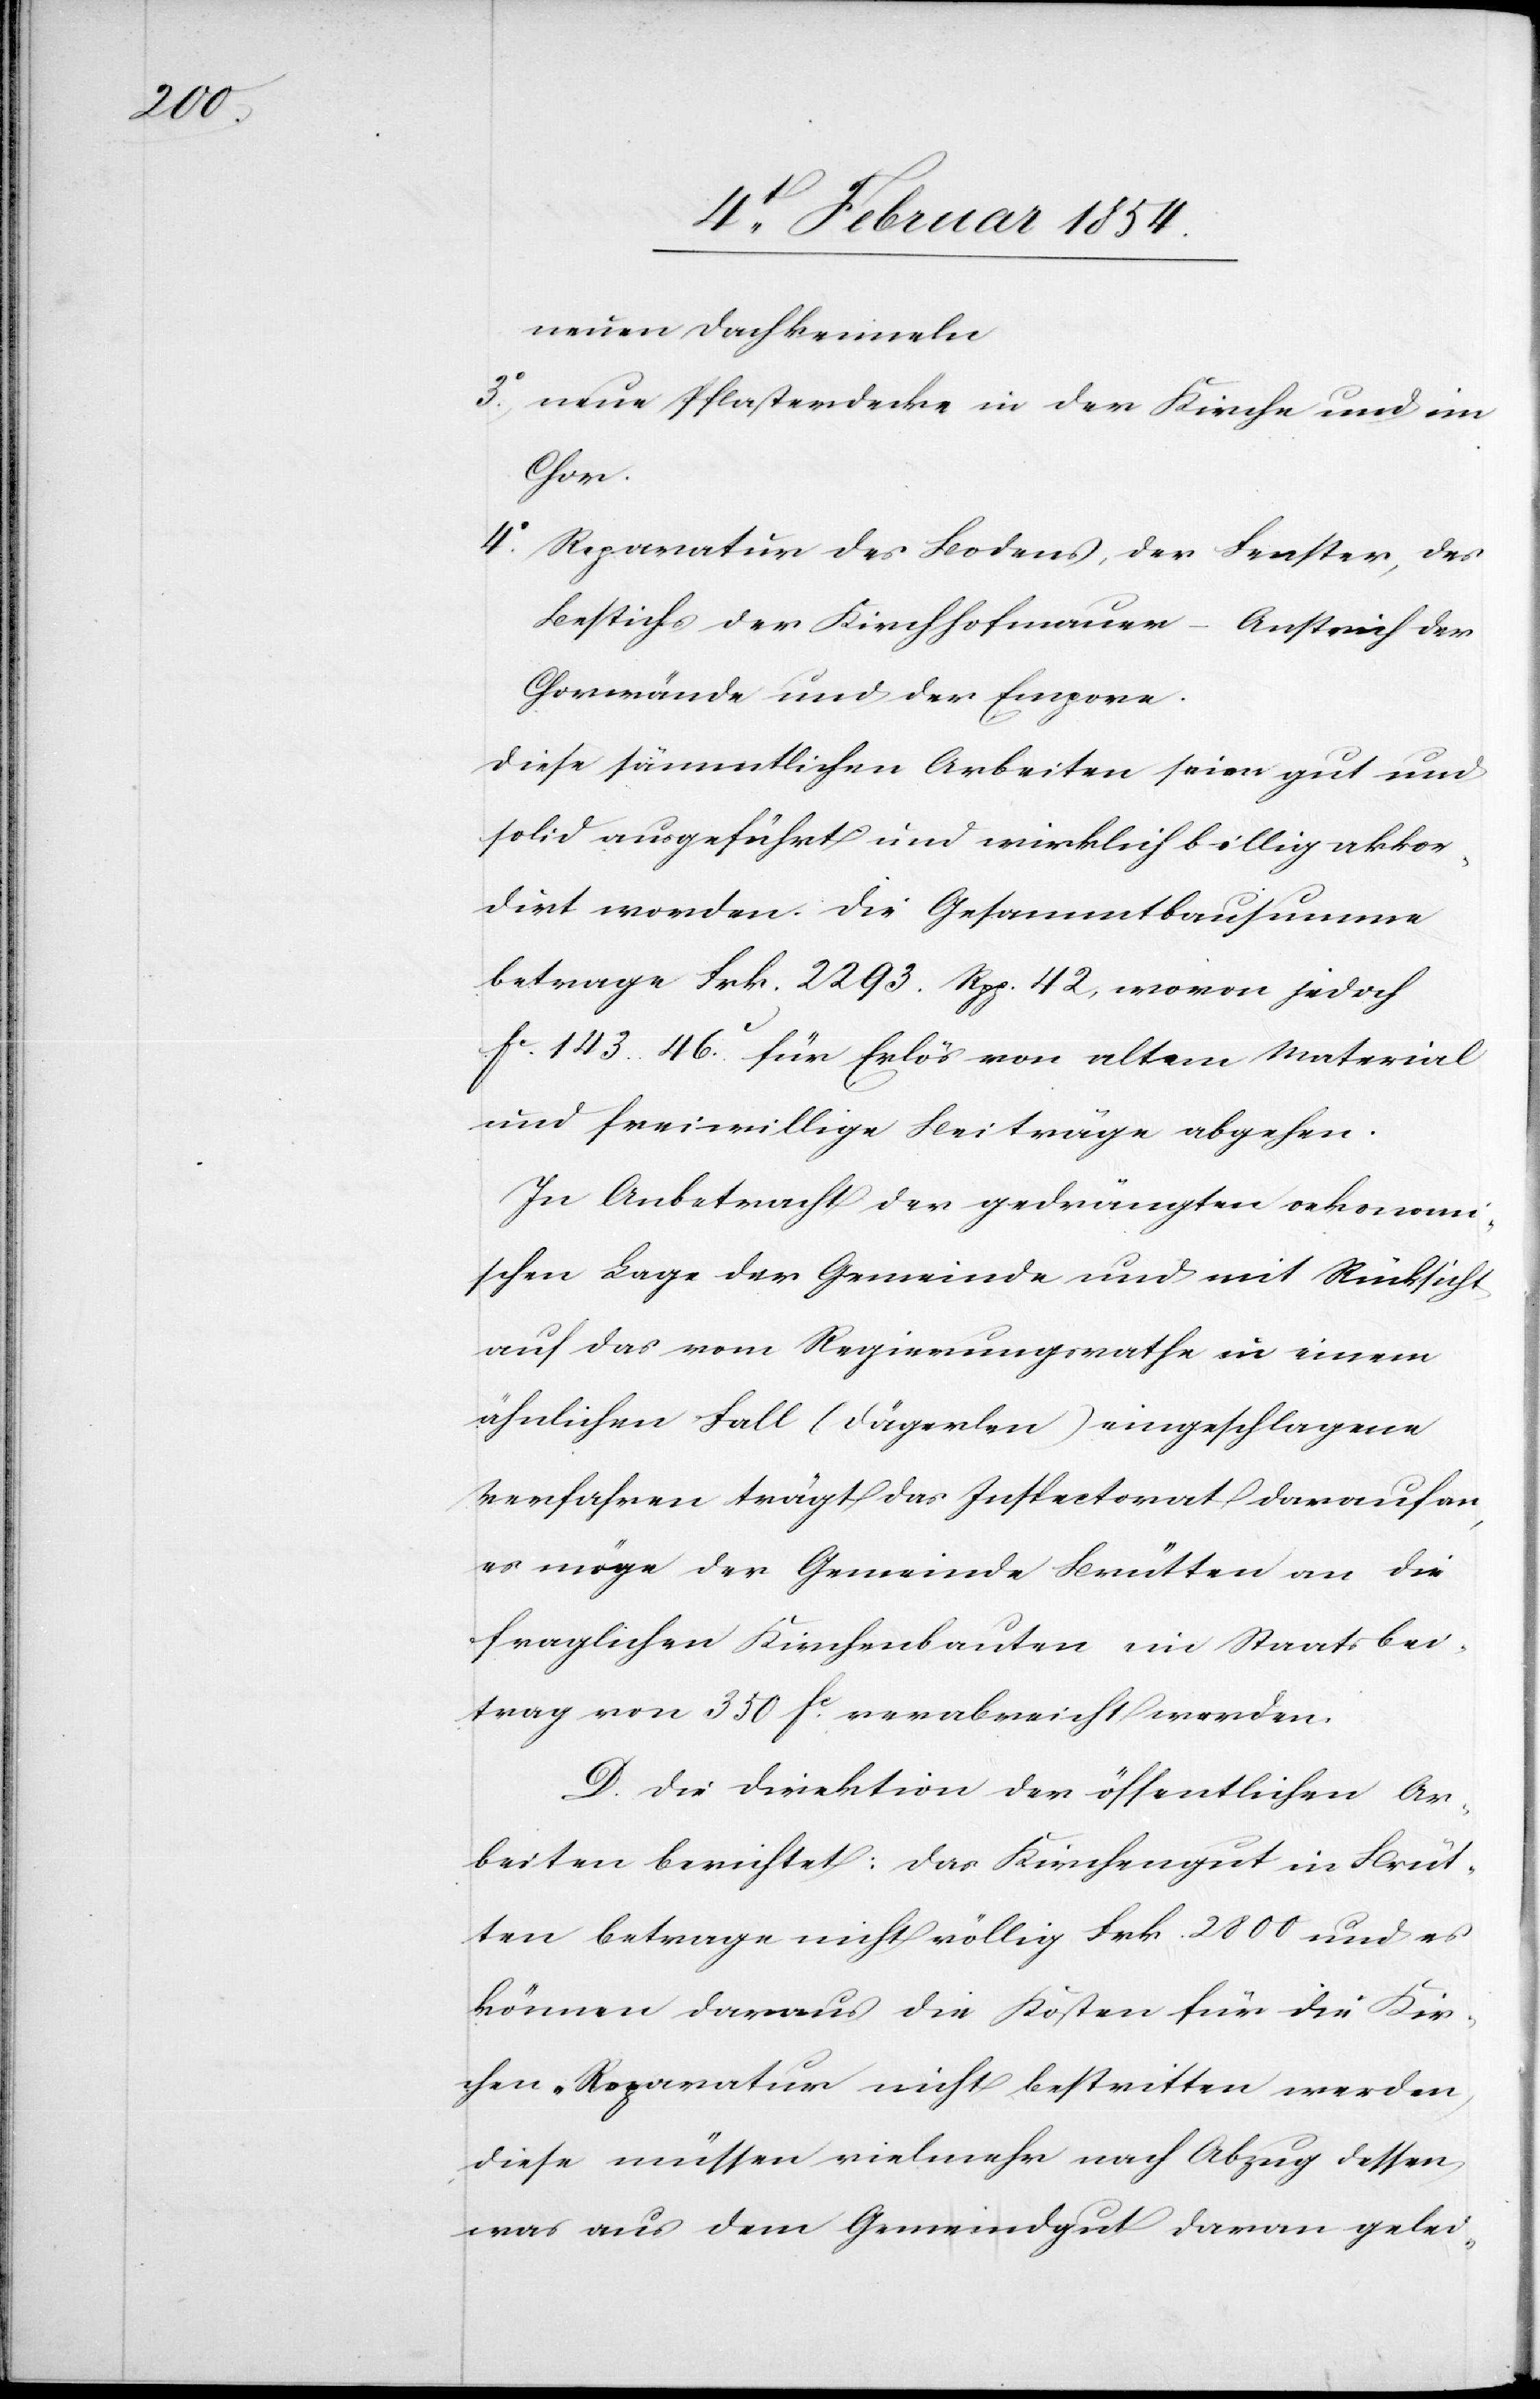
neuen Dachkenneln
3o neue Pflasterdecke in der Kirche und im
Chor.
4o Reparatur des Bodens, der Fenster, des
Best[r]ichs der Kirchhhofmauer – Anstrich der
Chorwände und der Empore.
Die sämmtlichen Arbeiten seien gut und
solid ausgeführt und wirklich billig akkor¬
dirt worden. Die Gesammtbausumme
betrage Frk. 2293. Rpp. 42, wovon jedoch
Fc. 143. 46.c für Erlös von altem Material
und freiwillige Beitrage abgehen.
In Anbetracht der gedrängten oekonomi¬
schen Lage der Gemeinde und mit Rücksicht
auf das vom Regierungsrath in einem
ähnlichen Fall (Dägerlen) eingeschlagene
Verfahren trägt das Inspectorat darauf an,
es möge der Gemeinde Brütten an die
fraglichen Kirchenbauten ein Staatsbei¬
trag von 350 Fc verabreicht werden.
D. Die Direktion der öffentlichen Ar¬
beiten berichtet: Das Kirchengut in Brüt¬
ten betrage nicht völlig Frk. 2800 und es
können daraus die Kosten für die Kir¬
chen-Reparatur nicht bestritten werden,
diese müssen vielmehr nach Abzug dessen,
was aus dem Gemeindgut daran gelei-